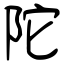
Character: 陀